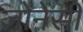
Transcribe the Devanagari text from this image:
जोनेसी